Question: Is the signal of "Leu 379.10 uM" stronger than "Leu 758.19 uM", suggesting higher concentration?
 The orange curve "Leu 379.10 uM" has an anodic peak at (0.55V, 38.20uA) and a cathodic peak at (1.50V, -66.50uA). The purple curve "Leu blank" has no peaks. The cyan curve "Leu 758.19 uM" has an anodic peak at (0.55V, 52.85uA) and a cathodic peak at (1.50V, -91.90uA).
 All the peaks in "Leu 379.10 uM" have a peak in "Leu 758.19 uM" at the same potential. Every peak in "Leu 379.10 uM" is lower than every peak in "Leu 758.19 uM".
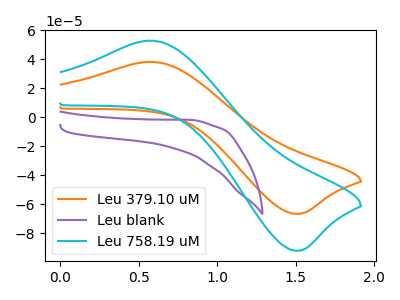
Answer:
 <answer>"Leu 379.10 uM" has less signal than "Leu 758.19 uM" and so likely has a lower concentration.</answer>
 <eval>less_concentration</eval>